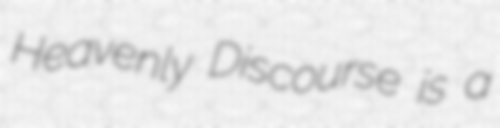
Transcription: Heavenly Discourse is a